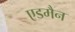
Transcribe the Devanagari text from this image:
एडमैन